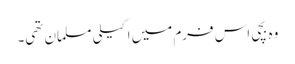
وہ بچی اس فرم میں اکیلی مسلمان تھی۔